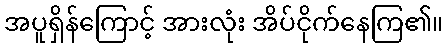
အပူရှိန်ကြောင့် အားလုံး အိပ်ငိုက်နေကြ၏။